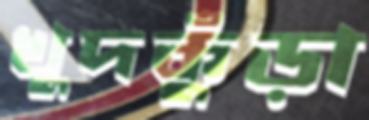
খুদকুঁড়া